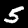
Label: 5